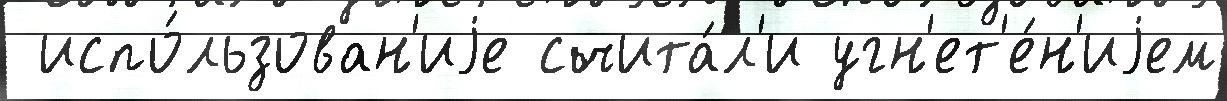
 испо́льзован'иjе счита́л'и угн'ет'е́н'иjем